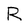
Character: R